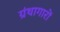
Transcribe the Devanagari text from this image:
ग्रंथागारों